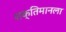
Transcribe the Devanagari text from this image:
शक्तिमानला